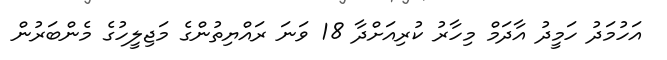
އަހުމަދު ހަމީދު އާދަމް މިހާރު ކުރިއަށްދާ 18 ވަނަ ރައްޔިތުންގެ މަޖިލީހުގެ މެންބަރުން